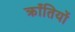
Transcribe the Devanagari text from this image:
क्राँतियों